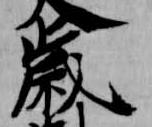
歳